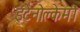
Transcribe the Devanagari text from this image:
इटेनोल्केमी